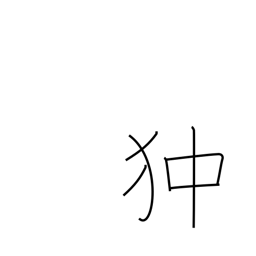
Meaning: Pekinese dog